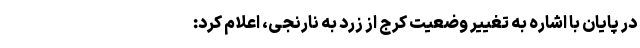
در پایان با اشاره به تغییر وضعیت کرج از زرد به نارنجی، اعلام کرد: